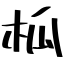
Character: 柧